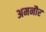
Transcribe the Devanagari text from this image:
अमनौर